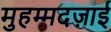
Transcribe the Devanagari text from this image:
मुहम्मदज़ाई